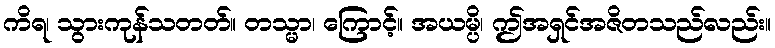
ကိရ၊ သွားကုန်သတတ်။ တသ္မာ၊ ကြောင့်။ အယမ္ပိ၊ ဤအရှင်အဇိတသည်လည်း။